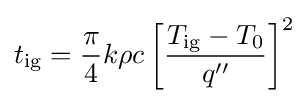
t_{\text{ig}}={\frac {\pi }{4}}k\rho c\left[{\frac {T_{\text{ig}}-T_{0}}{q''}}\right]^{2}